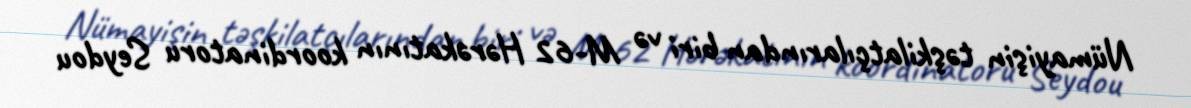
Nümayişin təşkilatçılarından biri və M-62 Hərəkatının koordinatoru Seydou